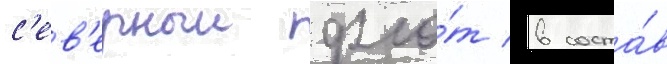
с'ев'ерныи фло́т в соста́в